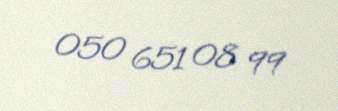
050 651 08 99